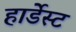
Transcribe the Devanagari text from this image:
हार्डेस्ट